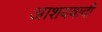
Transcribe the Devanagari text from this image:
आशयवादी